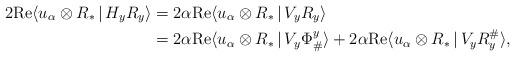
LaTeX: \begin{align*}2 \mathrm{Re} \langle u_{\alpha}\otimes R_*\,|\, H_y R_y \rangle &= 2 \alpha\mathrm{Re} \langle u_{\alpha}\otimes R_*\,|\, V_y R_y \rangle \\&= 2 \alpha\mathrm{Re} \langle u_{\alpha}\otimes R_*\,|\, V_y \Phi_{\#}^y \rangle + 2 \alpha\mathrm{Re} \langle u_{\alpha}\otimes R_*\,|\, V_y R_y^{\#} \rangle,\end{align*}